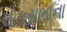
લોકસભાના